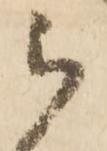
被